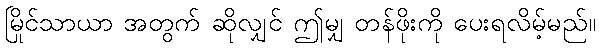
မြိုင်သာယာ အတွက် ဆိုလျှင် ဤမျှ တန်ဖိုးကို ပေးရလိမ့်မည်။